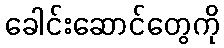
ခေါင်းဆောင်တွေကို